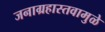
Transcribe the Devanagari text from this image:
जनाग्रहास्तवामुळे